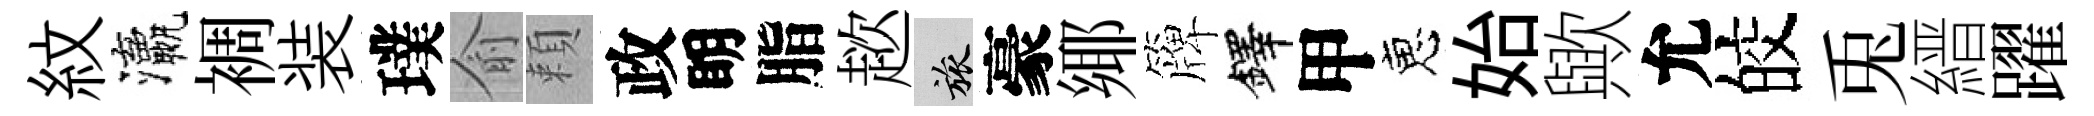
紋瀛裯装璞俞頼政眀脂趑旅豪鄊簰鐸甲恵始歟允皎兎縉躍